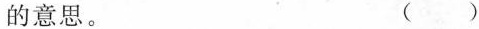
的意思。 ( )